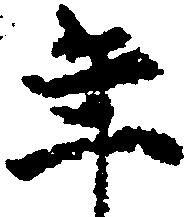
年